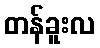
တန်ခူးလ